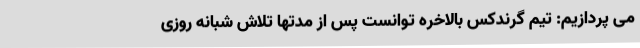
می پردازیم: تیم گرندکس بالاخره توانست پس از مدتها تلاش شبانه روزی